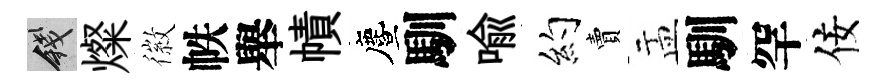
錢燦徽帙舉幘󵨌馴喩约賣盂馴罕佞